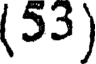
(53 )